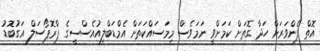
އޮތް ފެންވަރަށް ހަދާ ގޮތަށް ކަމަށްވީ ނަމަވެސް މިމަަސައްކަތަށް އެމްޑަބްލިއުއެސްސީގެ ޕްރޮޕޯސަލް އަގުބޮޑު